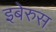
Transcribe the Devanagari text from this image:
इबेरुस